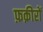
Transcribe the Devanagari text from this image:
फ़क़ीरों